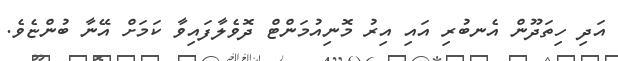
އަދި ހިތަދޫން އެނބުރި އައި އިރު މޮނިއުމަންޓް ދޮވެލާފައިވާ ކަމަށް އޭނާ ބުންޏެވެ.